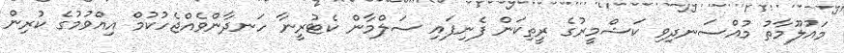
މައުލޫމާތު މުއްސަނދިވި ކަޝްމީރުގެ ރީތިކަން ފެނިފައި ސަލްމާން ކެޓުރީނާ ހަނދާންވެއްޖެހުކުމް އިއްވުމުގެ ކުރިން